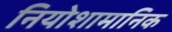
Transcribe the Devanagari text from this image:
नियोशामानिक